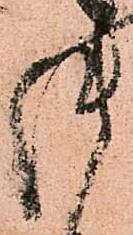
御